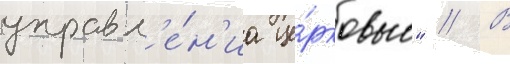
управл'е́н'иа це́рковью" // В